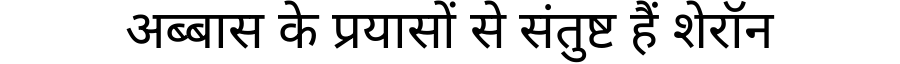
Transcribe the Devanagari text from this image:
अब्बास के प्रयासों से संतुष्ट हैं शेरॉन